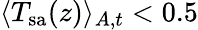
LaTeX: \langle T_{\mathrm{sa}}(z)\rangle_{A,t}<0.5